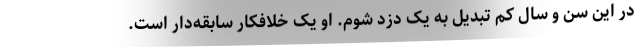
در این سن و سال کم تبدیل به یک دزد شوم. او یک خلافکار سابقه‌دار است.